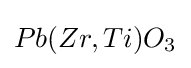
Pb(Zr,Ti)O_{3}